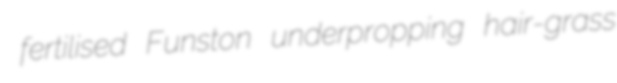
fertilised Funston underpropping hair-grass